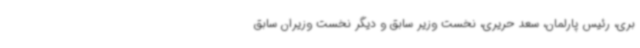
بری، رئیس پارلمان، سعد حریری، نخست وزیر سابق و دیگر نخست وزیران سابق